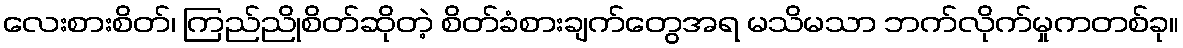
လေးစားစိတ်၊ ကြည်ညိုစိတ်ဆိုတဲ့ စိတ်ခံစားချက်တွေအရ မသိမသာ ဘက်လိုက်မှုကတစ်ခု။